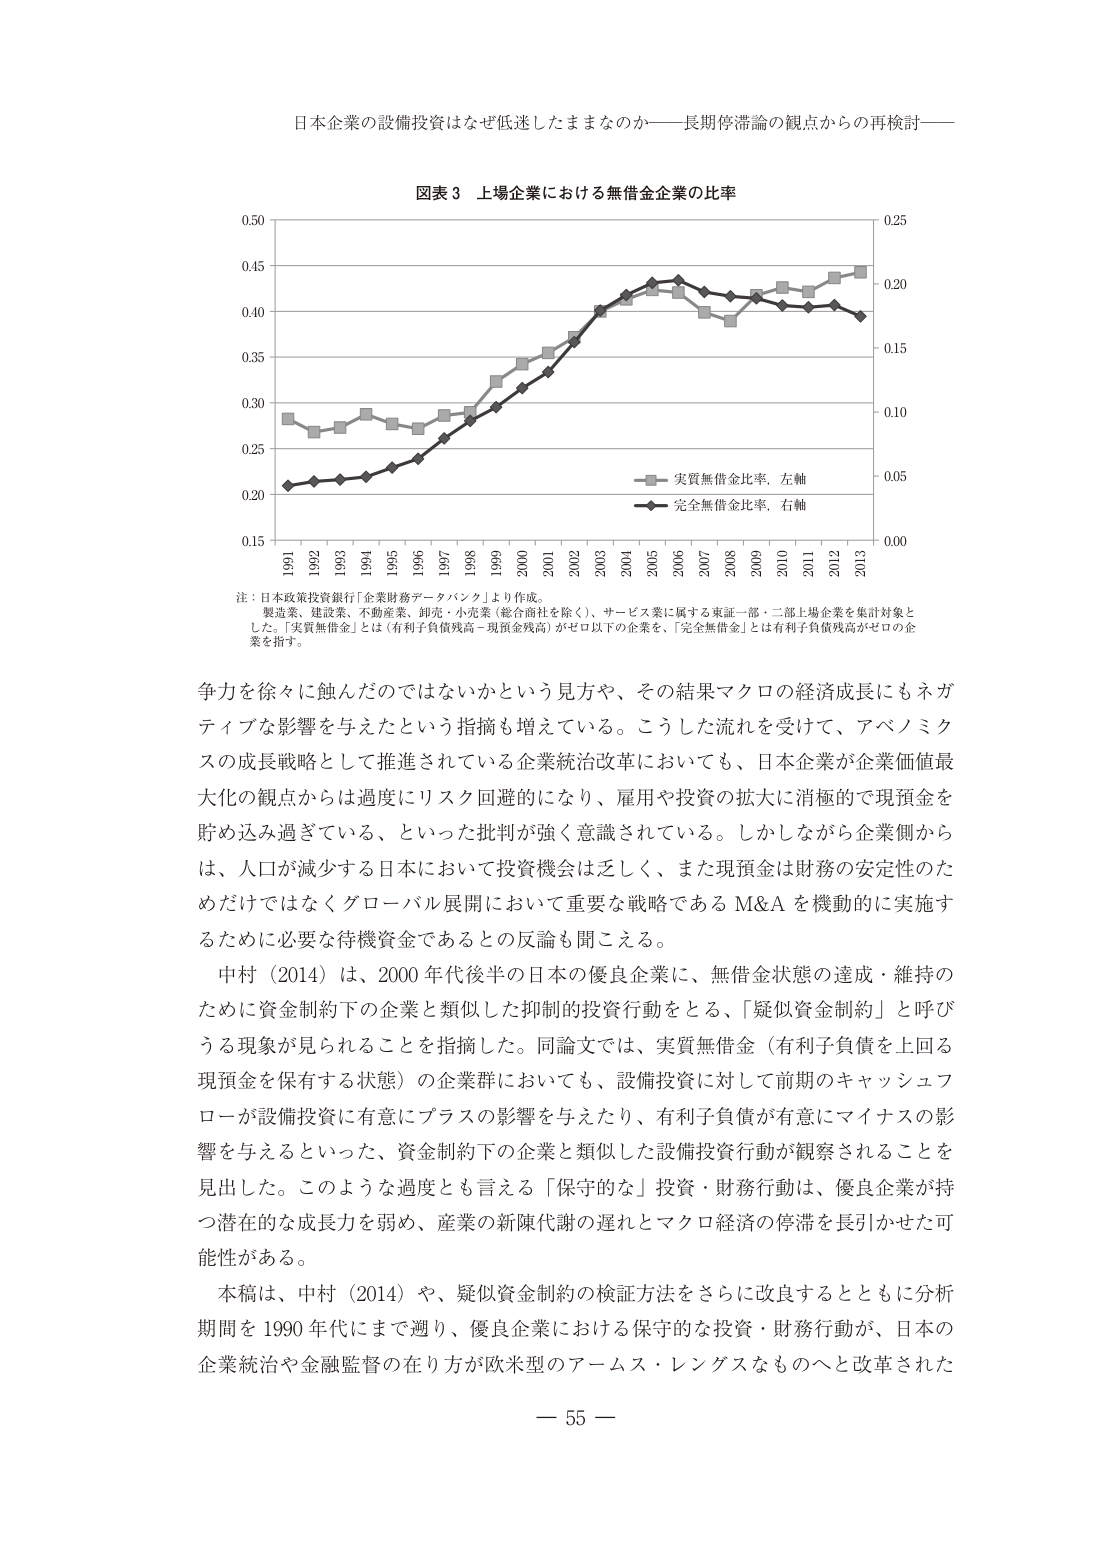
日本企業の設備投資はなぜ低迷したままなのか――長期停滞論の観点からの再検討――

図表３ 上場企業における無借金企業の比率

0.50
0.45
0.40
0.35
0.30
0.25
0.20
0.15
0.00
0.05
0.10
0.15
0.20
0.25

1991 1992 1993 1994 1995 1996 1997 1998 1999 2000 2001 2002 2003 2004 2005 2006 2007 2008 2009 2010 2011 2012 2013

―― 実質無借金比率，左軸
―― 完全無借金比率，右軸

注：日本政策投資銀行「企業財務データバンク」より作成。
製造業、建設業、不動産業、卸売・小売業（総合商社を除く）、サービス業に属する東証一部・二部上場企業を集計対象とした。「実質無借金」とは（有利子負債残高－現預金残高）がゼロ以下の企業を、「完全無借金」とは有利子負債残高がゼロの企業を指す。

争力を徐々に蝕んだのではないかという見方や、その結果マクロの経済成長にもネガティブな影響を与えたという指摘も増えている。こうした流れを受けて、アベノミクスの成長戦略として推進されている企業統治改革においても、日本企業が企業価値最大化の観点からは過度にリスク回避的になり、雇用や投資の拡大に消極的で現預金を貯め込み過ぎている、といった批判が強く意識されている。しかしながら企業側からは、人口が減少する日本において投資機会は乏しく、また現預金は財務の安定性のためだけではなくグローバル展開において重要な戦略であるM&Aを機動的に実施するために必要な待機資金であるとの反論も聞こえる。

中村（2014）は、2000年代後半の日本の優良企業に、無借金状態の達成・維持のために資金制約下の企業と類似した抑制的投資行動をとる、「疑似資金制約」と呼びうる現象が見られることを指摘した。同論文では、実質無借金（有利子負債を上回る現預金を保有する状態）の企業群においても、設備投資に対して前期のキャッシュフローが設備投資に有意にプラスの影響を与えたり、有利子負債が有意にマイナスの影響を与えるといった、資金制約下の企業と類似した設備投資行動が観察されることを見出した。このような過度とも言える「保守的な」投資・財務行動は、優良企業が持つ潜在的な成長力を弱め、産業の新陳代謝の遅れとマクロ経済の停滞を長引かせた可能性がある。

本稿は、中村（2014）や、疑似資金制約の検証方法をさらに改良するとともに分析期間を1990年代にまで遡り、優良企業における保守的な投資・財務行動が、日本の企業統治や金融監督の在り方が欧米型のアームス・レングスなものへと改革された

－ 55 －